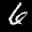
Label: 6